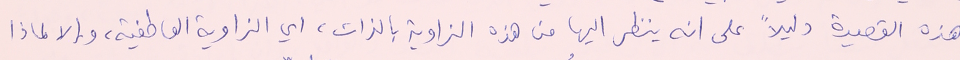
هذه القصيدة دليلاً على انه ينظر اليها من هذه الزاوية بالذات، اي الزاوية العاطفية، والا لماذا